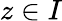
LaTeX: z\in I